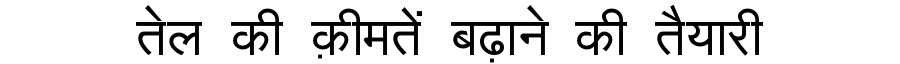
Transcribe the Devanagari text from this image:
तेल की क़ीमतें बढ़ाने की तैयारी